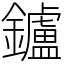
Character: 鑪